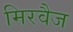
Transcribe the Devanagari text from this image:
मिरवैज